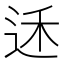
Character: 𮷟